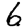
Digit: 6